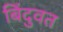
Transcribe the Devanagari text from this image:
बिंदुवत